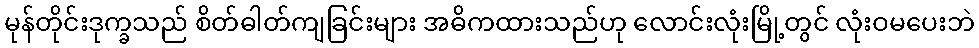
မုန်တိုင်းဒုက္ခသည် စိတ်ဓါတ်ကျခြင်းများ အဓိကထားသည်ဟု လောင်းလုံးမြို့တွင် လုံးဝမပေးဘဲ